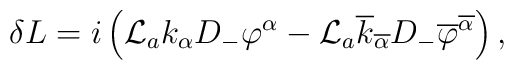
\delta L = i\left( {\cal L}_a k_\alpha D_-\varphi^\alpha -{\cal L}_a \overline{k}_{\overline{\alpha}}D_- \overline{\varphi}^{\overline{\alpha}} \right)  ,